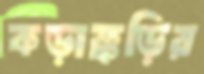
কড়াক্কড়ির